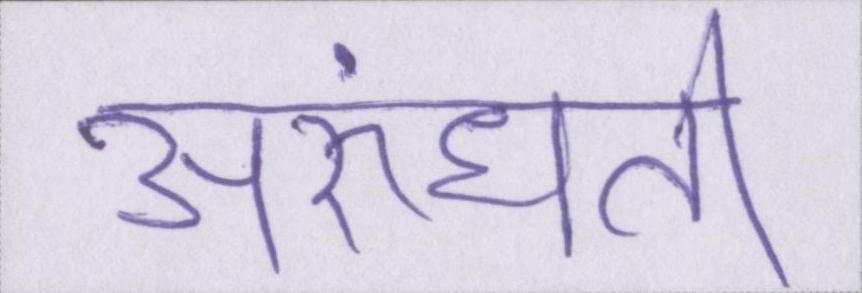
अरुंधती